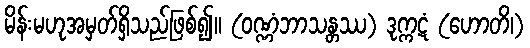
မိန်းမဟုအမှတ်ရှိသည်ဖြစ်၍။ (ဝဏ္ဏံဘာသန္တဿ) ဒုက္ကဋံ (ဟောတိ၊)